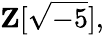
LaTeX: \mathbf{Z}[{\sqrt{-5}}],